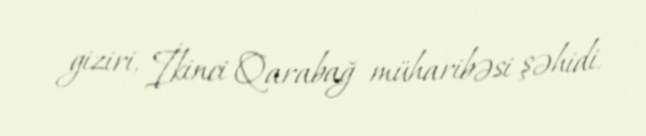
giziri, İkinci Qarabağ müharibəsi şəhidi.